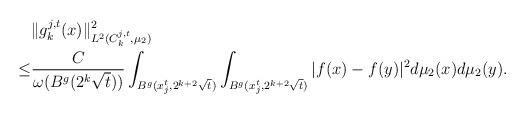
LaTeX: \begin{align*} &\|g_k^{j,t}(x)\|^2_{L^2(C^{j,t}_k, \mu_2)}\\\leq& \frac{C}{\omega(B^g(2^k\sqrt{t}))}\int_{B^g(x^t_j, 2^{k+2}\sqrt{t})}\int_{B^g(x^t_j, 2^{k+2}\sqrt{t})}|f(x)-f(y)|^2 d\mu_2(x)d\mu_2(y).\\ \end{align*}